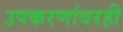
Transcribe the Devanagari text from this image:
उपकरणांवरही